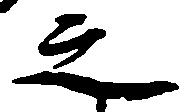
之